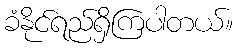
ခံနိုင်ရည်ရှိကြပါတယ်။